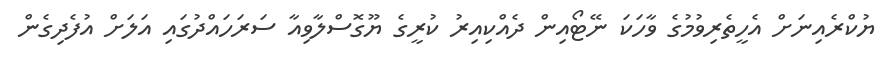
ޔުކްރެއިނަށް އެހީތެރިވުމުގެ ވާހަކަ ނޭޓޯއިން ދެއްކިއިރު ކުރީގެ ޔޫގޮސްލާވިއާ ސަރަހައްދުގައި އަލަށް އުފެދިގެން